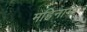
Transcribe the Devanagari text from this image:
महिनामा